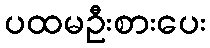
ပထမဦးစားပေး